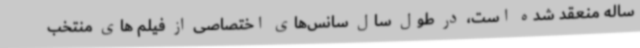
ساله منعقد شده است، در طول سال سانس‌های اختصاصی از فیلم های منتخب